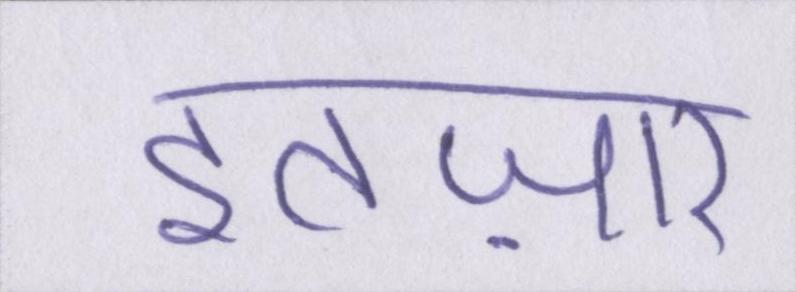
इंतज़ार